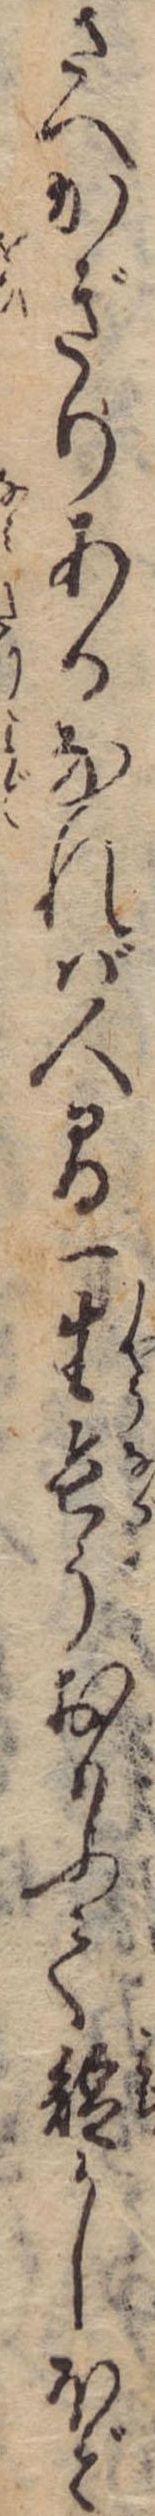
さへかぎりあるなれば人間一生長うおもふて短かしほど